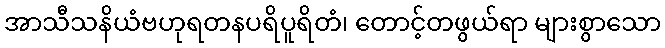
အာသီသနိယံဗဟုရတနပရိပူရိတံ၊ တောင့်တဖွယ်ရာ များစွာသော